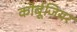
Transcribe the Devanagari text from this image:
कोर्बूजियर